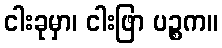
ငါးခုမှာ၊ ငါးဖြာ ပဉ္စက။